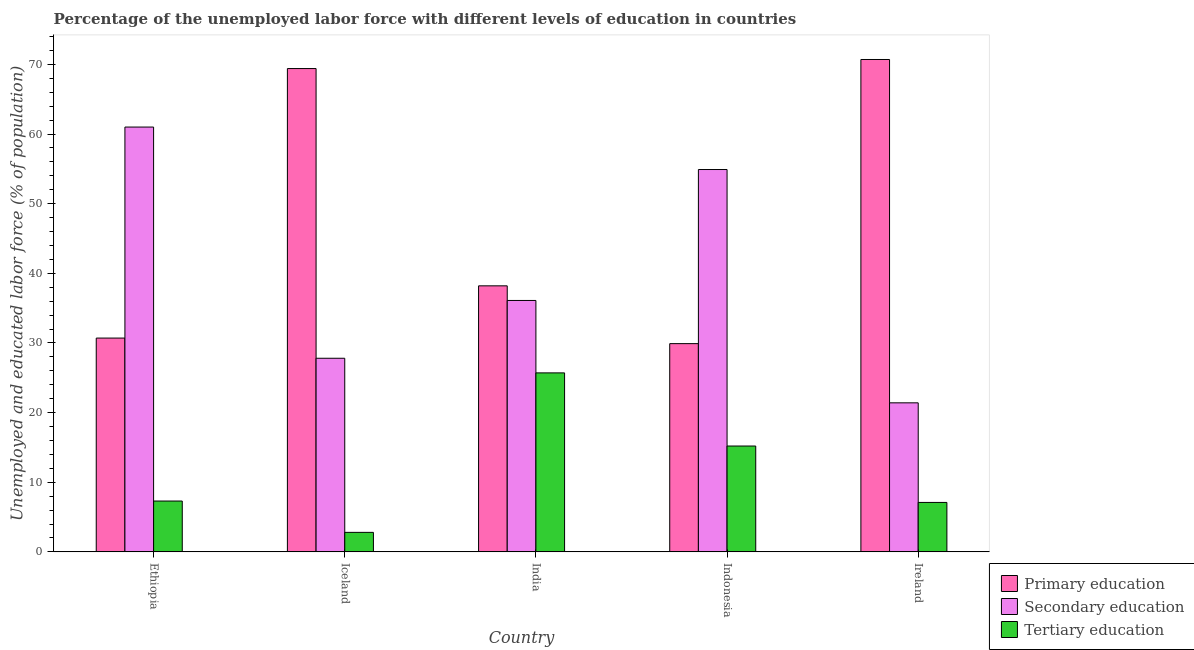
| Country | Primary education | Secondary education | Tertiary education |
 | --- | --- | --- | --- |
 | Ethiopia | 30.7 | 61 | 7.3 |
 | Iceland | 69.4 | 27.8 | 2.8 |
 | India | 38.2 | 36.1 | 25.7 |
 | Indonesia | 29.9 | 54.9 | 15.2 |
 | Ireland | 70.7 | 21.4 | 7.1 |